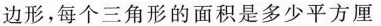
边形，每个三角形的面积是多少平方厘